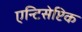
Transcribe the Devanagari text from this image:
एन्टिसेप्टिक